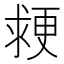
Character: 𭱉